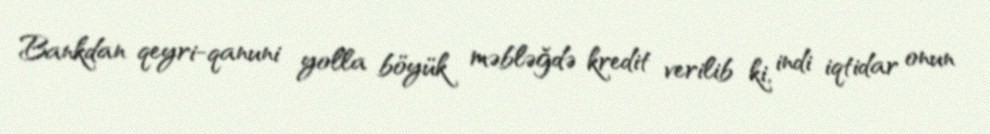
Bankdan qeyri-qanuni yolla böyük məbləğdə kredit verilib ki, indi iqtidar onun